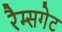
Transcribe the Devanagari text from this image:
रैम्सगेट